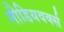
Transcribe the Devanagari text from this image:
मीडियवर्क्स